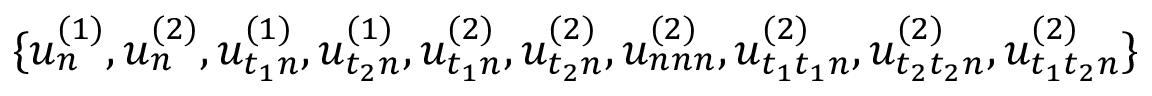
\{ u _ { n } ^ { ( 1 ) } , u _ { n } ^ { ( 2 ) } , u _ { t _ { 1 } n } ^ { ( 1 ) } , u _ { t _ { 2 } n } ^ { ( 1 ) } , u _ { t _ { 1 } n } ^ { ( 2 ) } , u _ { t _ { 2 } n } ^ { ( 2 ) } , u _ { n n n } ^ { ( 2 ) } , u _ { t _ { 1 } t _ { 1 } n } ^ { ( 2 ) } , u _ { t _ { 2 } t _ { 2 } n } ^ { ( 2 ) } , u _ { t _ { 1 } t _ { 2 } n } ^ { ( 2 ) } \}